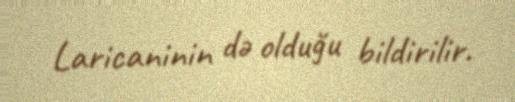
Laricaninin də olduğu bildirilir.